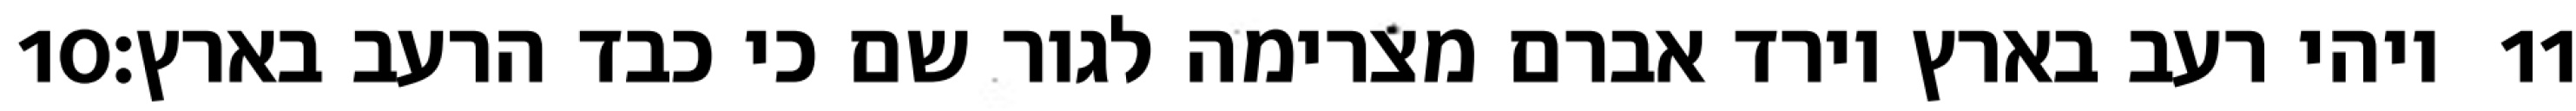
‎10‏ ויהי רעב בארץ וירד אברם מצרימה לגור שם כי כבד הרעב בארץ׃ ‎11‏